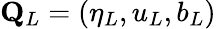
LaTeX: \mathbf{Q}_{L}=(\eta_{L},u_{L},b_{L})